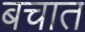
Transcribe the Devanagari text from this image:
बचात